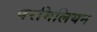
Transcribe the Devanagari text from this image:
वरमिलियन